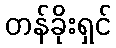
တန်ခိုးရှင်